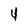
Character: 4